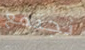
نجتمع